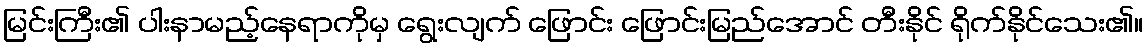
မြင်းကြီး၏ ပါးနာမည့်နေရာကိုမှ ရွေးလျက် ဖြောင်း ဖြောင်းမြည်အောင် တီးနိုင် ရိုက်နိုင်သေး၏။